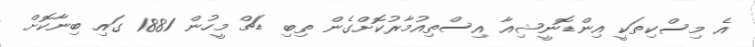
އެ މިސްކިތަކީ އިންޑޮނީޝިއާ އިސްތިއުމާރުކޮށްގެން ތިބި ޑަޗް މީހުން 1881 ގައި ބިނާކޮށް